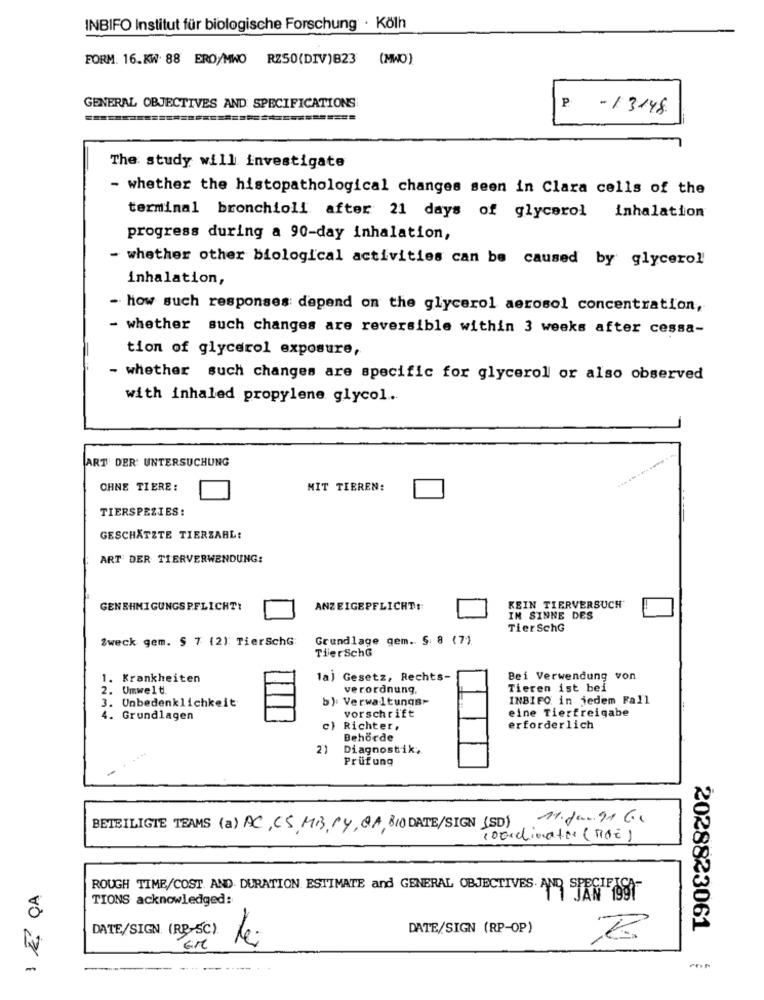
INBIFO Institut für biologische Forschung · Kölh
FORM. 16.KW. 88 ERO/MWO RZ50(DIV)B23 (MWO)
GENERAL OBJECTIVES AND SPECIFICATIONS
P
- 13148.
========
The study will investigate
- whether the histopathological changes seen in Clara cells of the
terminal bronchioli after 21 days of glycerol inhalation
progress during a 90-day inhalation,
- whether other biological activities can be caused by glycerol
inhalation,
- how such responses depend on the glycerol aerosol concentration,
- whether such changes are reversible within 3 weeks after cessa-
tion of glycerol exposure,
- whether such changes are specific for glycerol or also observed
with inhaled propylene glycol.
ART DER UNTERSUCHUNG
OHNE TIERE :
MIT TIEREN:
TIERSPEZIES:
GESCHÄTZTE TIERZARL:
ART DER TIERVERWENDUNG:
GENEHMIGUNGSPFLICHT!
ANZEIGEPFLICHT:
KEIN TIERVERSUCH'
IN SINNE DES
TierschG
Zweck gem. § 7 (2): TierschG:
Grundlage gem. § 8 (7).
TijerSchG
1. Krankheiten
1a) Gesetz, Rechts-
Bei Verwendung von
2. Umwelt
verordnung.
Tieren ist bei
3. Unbedenklichkeit
b) Verwaltungs-
INBIFO in jedem Fall
4. Grundlagen
vorschrift
eine Tierfreigabe
c) Richter,
erforderlich
Behörde
2)
Diagnostik,
Prüfung
11. Jan. 91 6.
BETEILIGTE TEAMS (a) AC, CS,MB, PY, QA, BIO DATE/SIGN (SD)
coordinator (noE)
ROUGH TIME/COST AND. DURATION. ESTIMATE and GENERAL OBJECTIVES. AND SPECIE
TIONS acknowledged:
DATE/SIGN. (RB-5C)
DATE/SIGN (RP-OP)
2028823061
EM